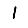
Digit: 1